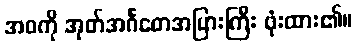
အဝကို အုတ်အင်္ဂတေအပြားကြီး ဖုံးထား၏။